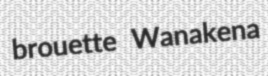
brouette Wanakena